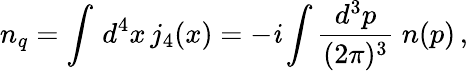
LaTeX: n_{q}=\int\, d^{4}x\, j_{4}(x)=-\mathit{i}\int\frac{{d^{3}p}}{{(2\pi)^{3}}}\; n(p)\, ,